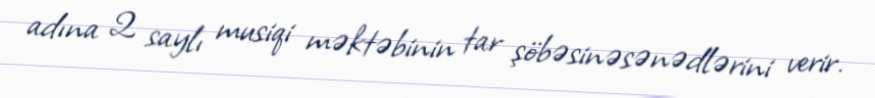
adına 2 saylı musiqi məktəbinin tar şöbəsinəsənədlərini verir.